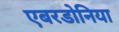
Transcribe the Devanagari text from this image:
एबरडोनिया